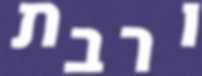
ורבת